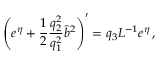
\left( e ^ { \eta } + \frac { 1 } { 2 } \frac { q _ { 2 } ^ { 2 } } { q _ { 1 } ^ { 2 } } \hat { b } ^ { 2 } \right) ^ { \prime } = q _ { 3 } L ^ { - 1 } e ^ { \eta } \, ,